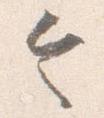
令